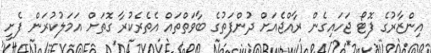
އިންޒާރުގެ ފޮޓޯ ޖަހައިގެން ރާއްޖެއަށް ދުންފަތުގެ ބާވަތްތައް އެތެރެކުރާ ގޮތަށް އަމަލުކުރަން ފެށީ